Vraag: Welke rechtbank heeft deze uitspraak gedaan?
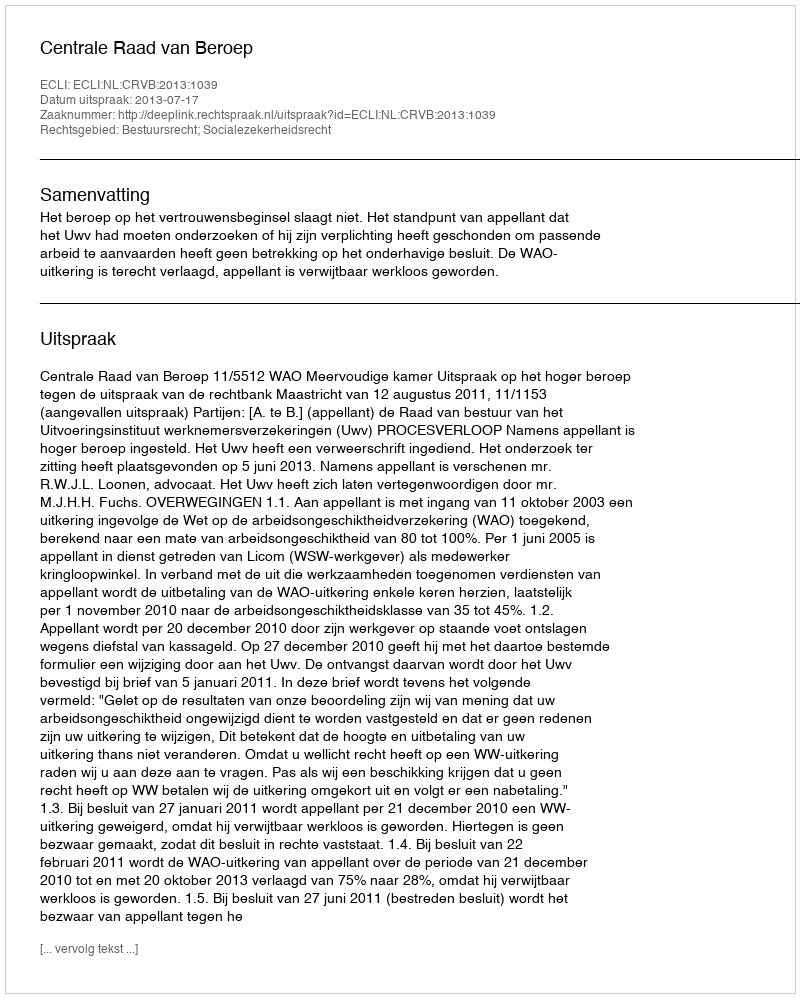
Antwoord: Centrale Raad van Beroep